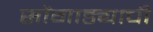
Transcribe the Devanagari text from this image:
सोंगाड्याची